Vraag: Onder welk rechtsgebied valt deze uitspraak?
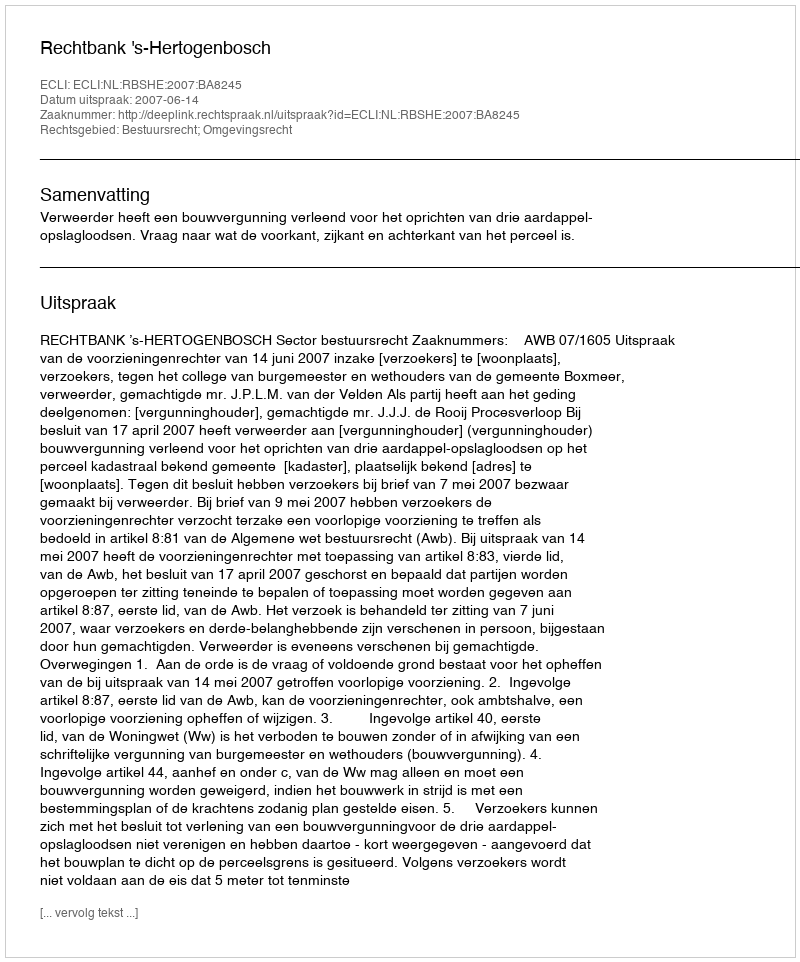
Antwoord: Bestuursrecht; Omgevingsrecht